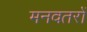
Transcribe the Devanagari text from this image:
मनवतरों